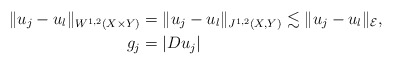
\begin{align*}\|u_j-u_l\|_{W^{1,2}(X\times Y)}&=\|u_j-u_l\|_{J^{1,2}(X,Y)}\lesssim \|u_j-u_l\|_\mathcal E,\\g_j&=|Du_j|\end{align*}